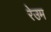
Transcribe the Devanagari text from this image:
रेउम